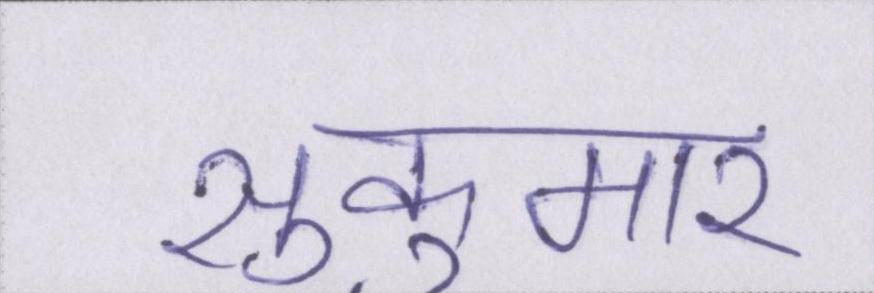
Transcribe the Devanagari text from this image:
सुकुमार